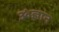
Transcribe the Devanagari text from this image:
ॐज्ञान